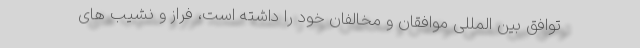
توافق بین المللی موافقان و مخالفان خود را داشته است، فراز و نشیب های